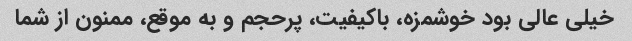
خیلی عالی بود خوشمزه، باکیفیت، پرحجم و به موقع، ممنون از شما